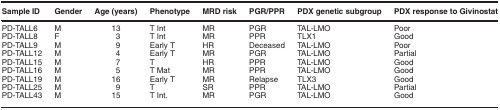
| Sample ID | Gender | Age (years) | Phenotype | MRD risk | PGR/PPR | PDX genetic subgroup | PDX response to Givinostat |
 | --- | --- | --- | --- | --- | --- | --- | --- |
 | PD-TALL6 | M | 13 | T Int | MR | PGR | TAL-LMO | Poor |
 | PD-TALL8 | F | 3 | T Int | MR | PPR | TLX1 | Good |
 | PD-TALL9 | M | 9 | Early T | HR | Deceased | TAL-LMO | Poor |
 | PD-TALL12 | M | 4 | Early T | MR | PGR | TAL-LMO | Partial |
 | PD-TALL15 | M | 7 | T | HR | PPR | TAL-LMO | Good |
 | PD-TALL16 | M | 5 | T Mat | MR | PPR | TAL-LMO | Good |
 | PD-TALL19 | M | 16 | Early T | MR | Relapse | TLX3 | Good |
 | PD-TALL25 | M | 9 | T | SR | PPR | TAL-LMO | Partial |
 | PD-TALL43 | M | 15 | T Int. | MR | PGR | TAL-LMO | Good |